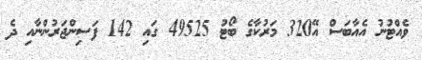
ވެއްޓުނު އެއާބަސް އޭ320 މަރުކާގެ ބޯޓު 49525 ގައި 142 ފަސިންޖަރުންނާއި ދެ